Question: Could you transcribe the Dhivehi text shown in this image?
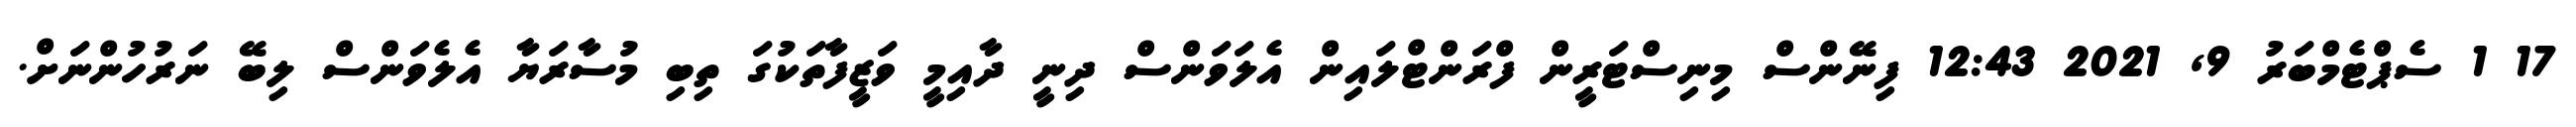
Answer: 17 1 ސެޕްޓެމްބަރު 9, 2021 12:43 ފިނޭންސް މިނިސްޓަރީން ފްރަންޓްލައިން އެލަވަންސް ދިނީ ދާއިމީ ވަޒީފާތަކުގަ ތިބި މުސާރަޔާ އެލެވަންސް ލިބޭ ނަރުހުންނަށް.